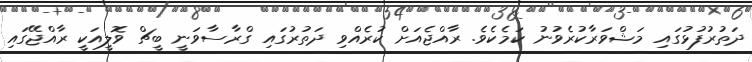
ދަތުރުފުޅުގައި މަޝްވަރާކުރެވުނު ކަމެކެވެ. ރާއްޖެއަށް ކުރެއްވި ދަތުރުގައި ގްރާސާވަނީ ބީޗް ވޮލީއަކީ ރާއްޖޭގައި